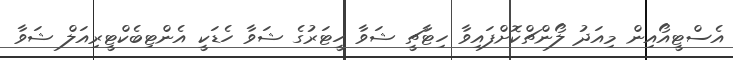
އެސްޓީއޯއިން މިއަދު ލޯންޗްކޮށްފައިވާ ހިޓާޗީ ޝަވާ ހީޓަރުގެ ޝަވާ ހެޑަކީ އެންޓިބެކްޓީރިއަލް ޝަވާ